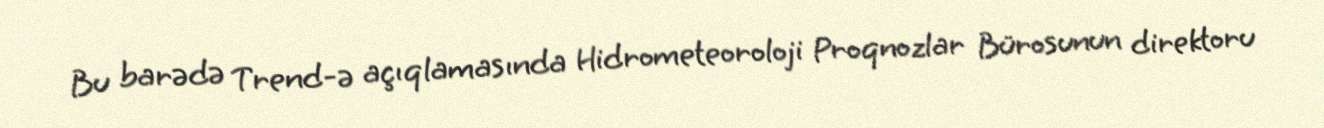
Bu barədə Trend-ə açıqlamasında Hidrometeoroloji Proqnozlar Bürosunun direktoru